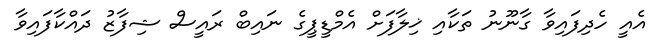
އެއީ ހެދިފައިވާ ގާނޫނު ތަކާއި ޚިލާފަށް އެމްޑީޕީގެ ނައިބް ރައީސް ޝިފާޒު ދައްކާފައިވާ